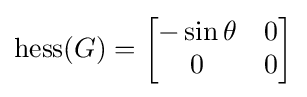
{\rm {hess}}(G)={\begin{bmatrix}-\sin \theta &0\\0&0\end{bmatrix}}